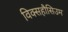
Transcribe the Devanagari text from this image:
विक्सहौसिउम